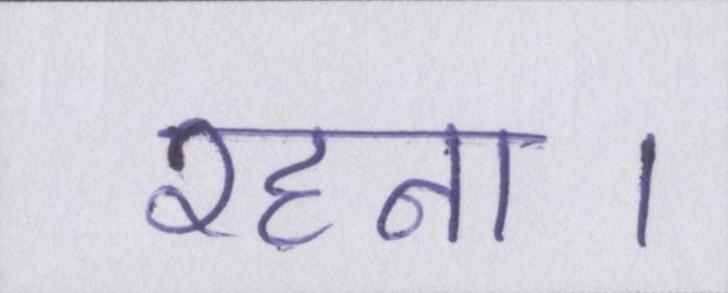
रहना।